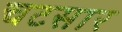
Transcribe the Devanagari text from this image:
चटसार